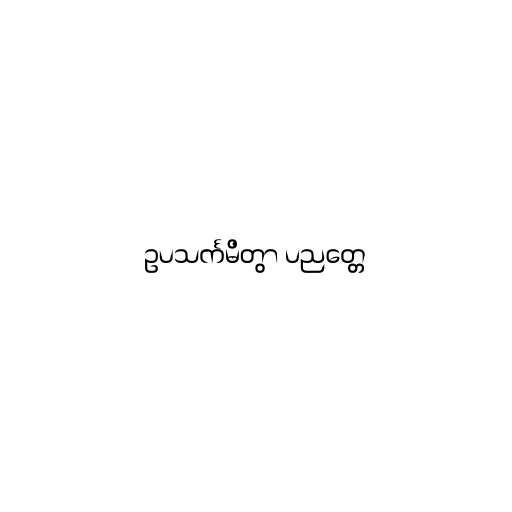
ဥပသင်္ကမိတွာ ပညတ္တေ